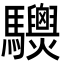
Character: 𩧙